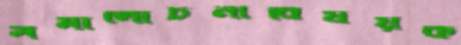
সমালোচনাবিষয়ক